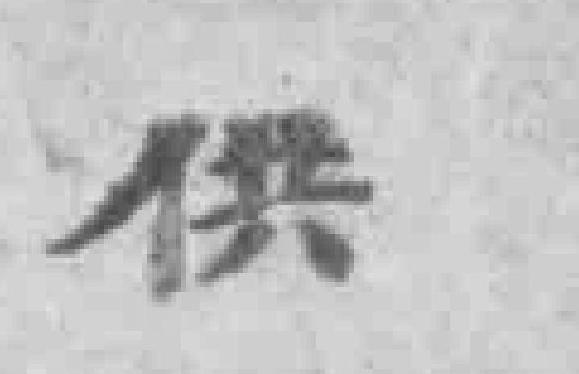
供